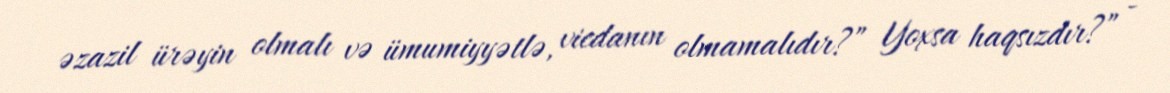
əzazil ürəyin olmalı və ümumiyyətlə, vicdanın olmamalıdır?” Yoxsa haqsızdır?” -